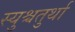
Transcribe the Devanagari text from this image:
स्युश्चतुर्था